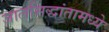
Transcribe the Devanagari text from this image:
जालसिद्धांतामध्ये